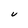
Character: V